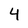
Character: 4